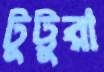
টুট্টুরা